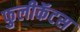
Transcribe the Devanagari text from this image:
फुलीकॅटस